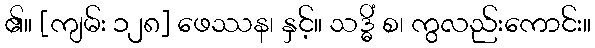
၏။ [ကျမ်း ၁၂၈] ဖေဿန၊ နှင့်။ သဒ္ဓိံ စ၊ ကွလည်းကောင်း။